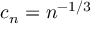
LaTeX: c _ { n } = n ^ { - 1 / 3 }